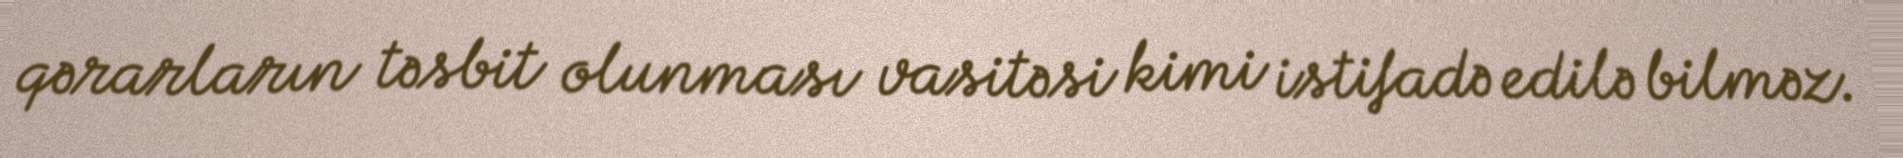
qərarların təsbit olunması vasitəsi kimi istifadə edilə bilməz.